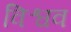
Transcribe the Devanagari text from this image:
विश्वव